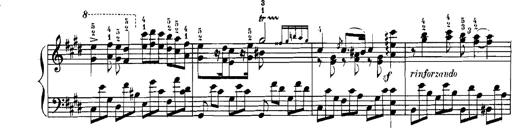
Title: Rhapsodies hongroises
Composer: Franz Liszt